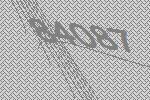
84087